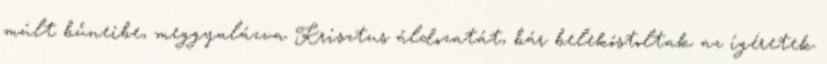
múlt bűneibe, meggyalázva Krisztus áldozatát, bár belekóstoltak az ígéretek